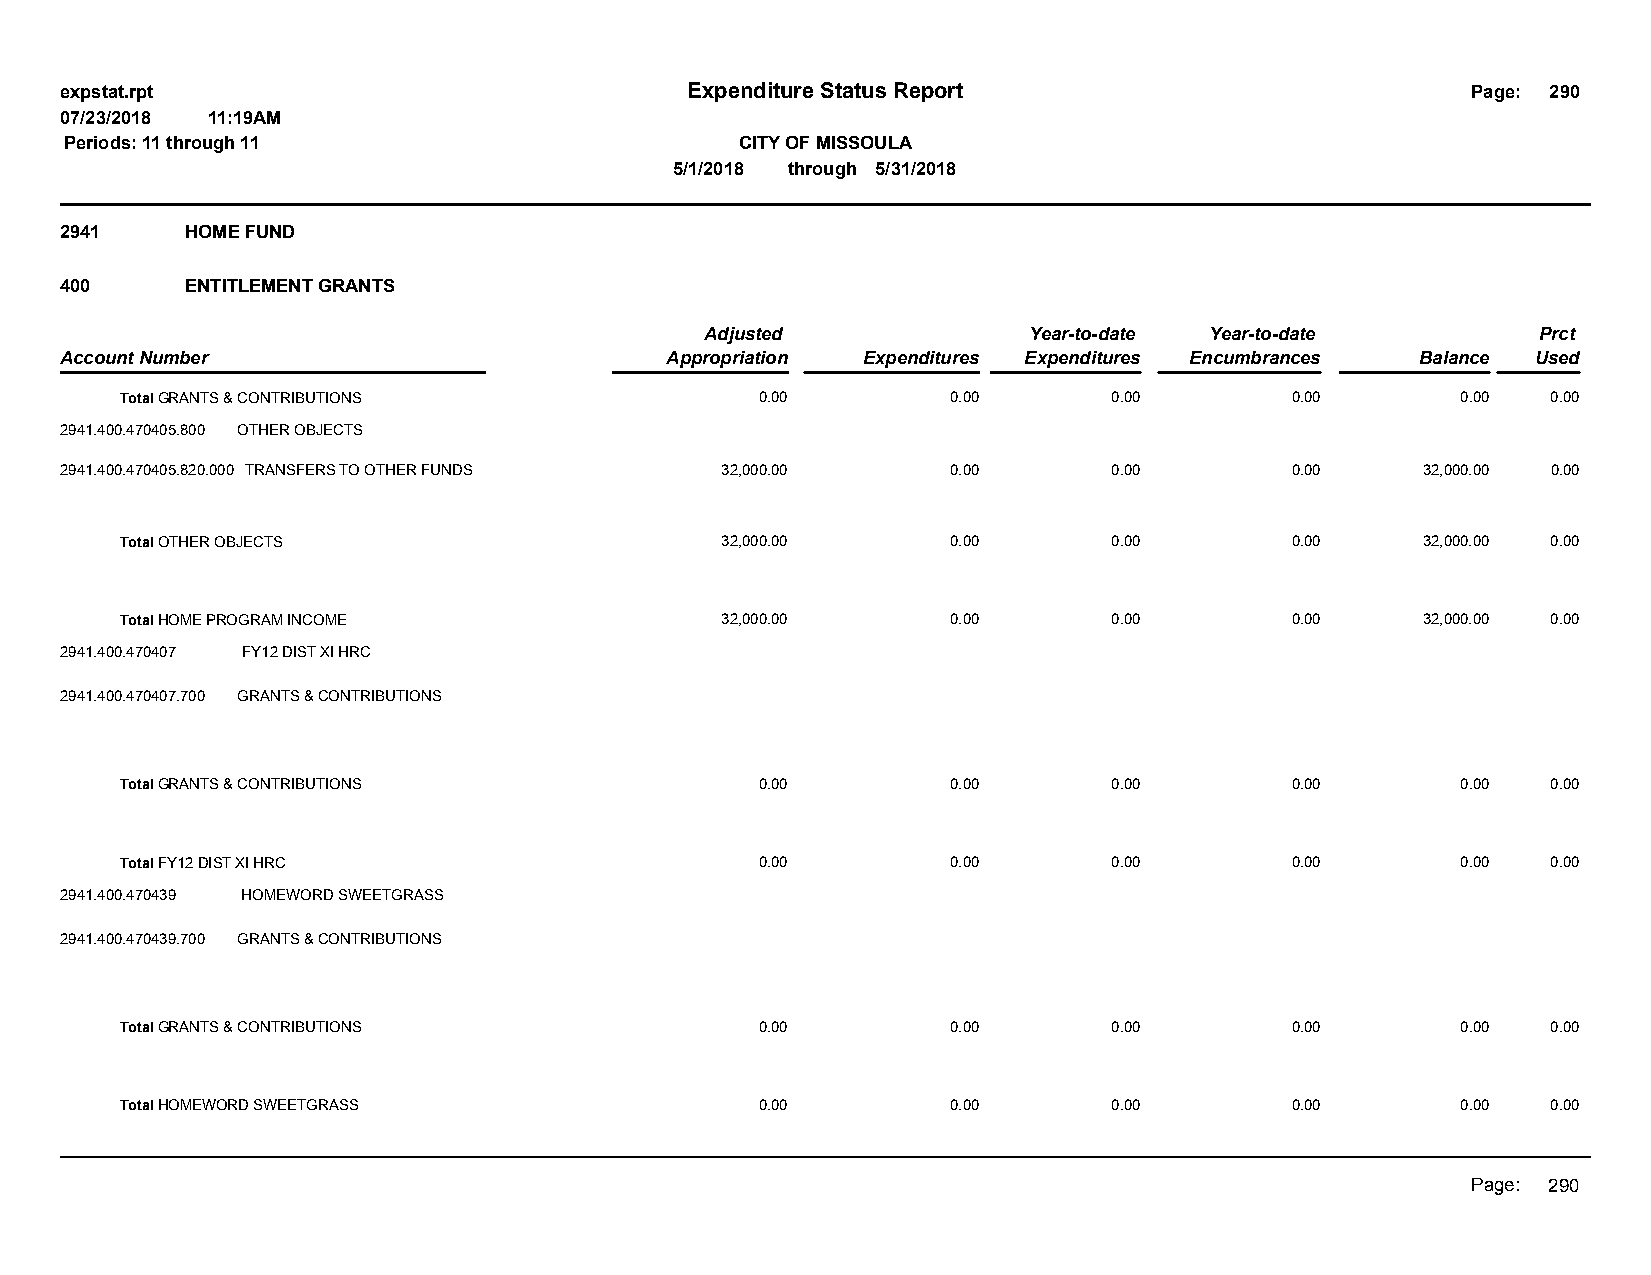
expstat.rpt                              Expenditure Status Report                           Page: 290
 07/23/2018 11:19AM
 Periods: 11 through 11                       CITY OF MISSOULA
 5/1/2018 through 5/31/2018
 2941    HOME FUND
 400     ENTITLEMENT GRANTS
 Adjusted             Year-to-date Year-to-date         Prct
 Account Number                          Appropriation Expenditures Expenditures Encumbrances Balance Used
 Total GRANTS & CONTRIBUTIONS              0.00         0.00       0.00       0.00        0.00  0.00
 2941.400.470405.800 OTHER OBJECTS
 2941.400.470405.820.000 TRANSFERS TO OTHER FUNDS 32,000.00 0.00       0.00       0.00     32,000.00 0.00
 Total OTHER OBJECTS                     32,000.00      0.00       0.00       0.00     32,000.00 0.00
 Total HOME PROGRAM INCOME               32,000.00      0.00       0.00       0.00     32,000.00 0.00
 2941.400.470407 FY12 DIST XI HRC
 2941.400.470407.700 GRANTS & CONTRIBUTIONS
 Total GRANTS & CONTRIBUTIONS              0.00         0.00       0.00       0.00        0.00  0.00
 Total FY12 DIST XI HRC                    0.00         0.00       0.00       0.00        0.00  0.00
 2941.400.470439 HOMEWORD SWEETGRASS
 2941.400.470439.700 GRANTS & CONTRIBUTIONS
 Total GRANTS & CONTRIBUTIONS              0.00         0.00       0.00       0.00        0.00  0.00
 Total HOMEWORD SWEETGRASS                 0.00         0.00       0.00       0.00        0.00  0.00
 Page: 290